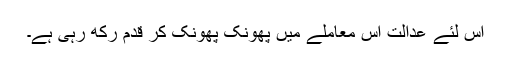
اس لئے عدالت اس معاملے میں پھونک پھونک کر قدم رکھ رہی ہے۔